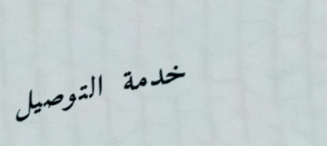
خدمة التوصيل